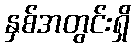
နှစ်အတွင်းရှိ